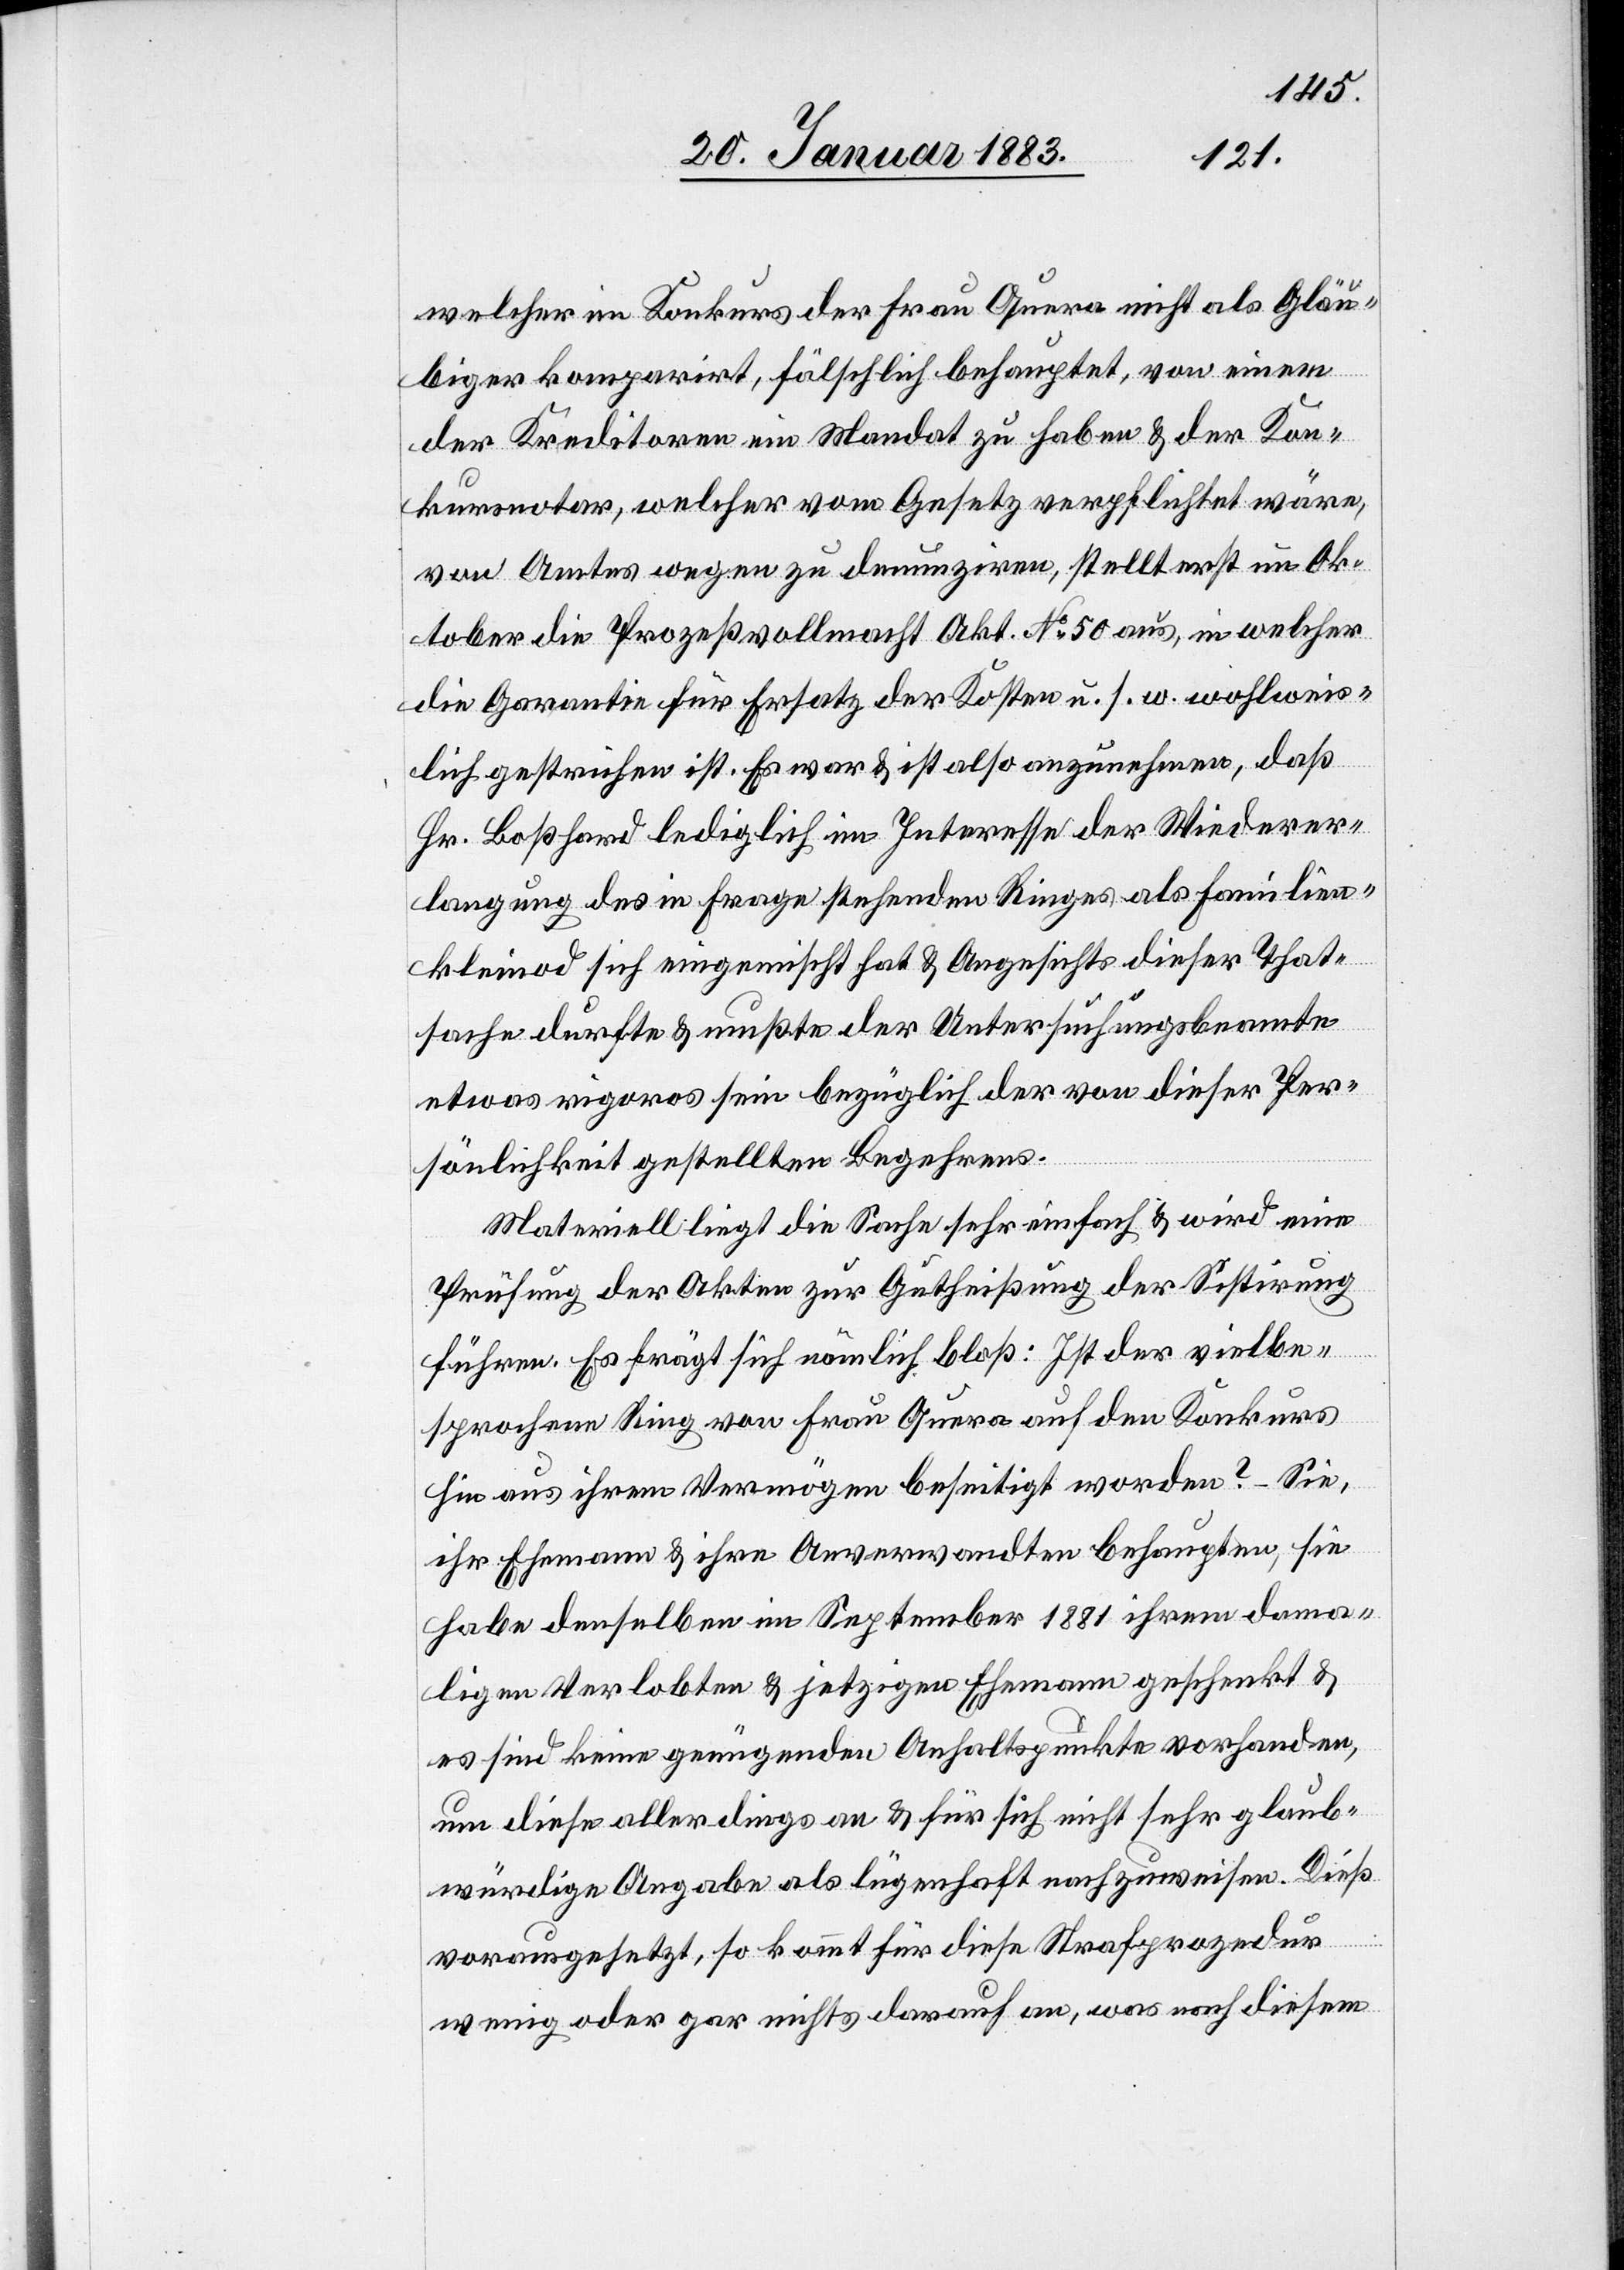
welcher im Konkurs der Frau Quera nicht als Gläu¬
biger, komparirt, fälschlich behauptet, von einem
der Kreditoren ein Mandat zu haben & der Kon¬
kursnotar, welcher vom Gesetz verpflichtet wäre,
von Amtes wegen zu denunziren, stellt erst im Ok¬
tober die Prozeßvollmacht Akt. No 50 aus, in welcher
die Garantie für Ersatz der Kosten u. s. w. wohlweis¬
lich gestrichen ist. Es war & ist also anzunehmen, daß
Hr. Boßhard lediglich im Interesse der Wiederer¬
langung des in Frage stehenden Ringes als Familien¬
kleinod sich eingemischt hat & Angesichts dieser That¬
sache durfte & mußte der Untersuchungsbeamte
etwas rigoros sein bezüglich der [sic!] von dieser Per¬
sönlichkeit gestellten Begehrens.
Materiell liegt die Sache sehr einfach & wird eine
Prüfung der Akten zur Gutheißung der Sistirung
führen. Es frägt sich nämlich bloß: Ist der vielbe¬
sprochene Ring von Frau Quera auf den Konkurs
hin aus ihrem Vermögen beseitigt worden? – Sie,
ihr Ehemann & ihre Anverwandten behaupten, sie
habe denselben im September 1881 ihrem dama¬
ligen Verlobten & jetzigen Ehemann geschenkt &
es sind keine genügenden Anhaltspunkte vorhanden,
um diese allerdings an & für sich nicht sehr glaub¬
würdige Angabe als lügenhaft nachzuweisen. Dieß
vorausgesetzt, so kommt für diese Strafprozedur
wenig oder gar nichts darauf an, was nach diesem